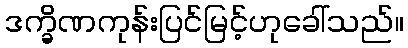
ဒက္ခိဏကုန်းပြင်မြင့်ဟုခေါ်သည်။